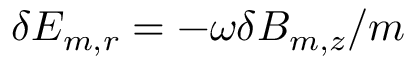
\delta E _ { m , r } = - \omega \delta B _ { m , z } / m